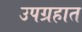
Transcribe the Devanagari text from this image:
उपग्रहात